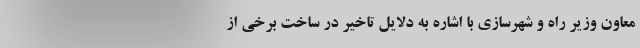
معاون وزیر راه و شهرسازی با اشاره به دلایل تاخیر در ساخت برخی از